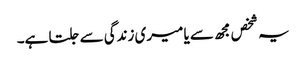
یہ شخص مجھ سے یا میری زندگی سے جلتا ہے۔